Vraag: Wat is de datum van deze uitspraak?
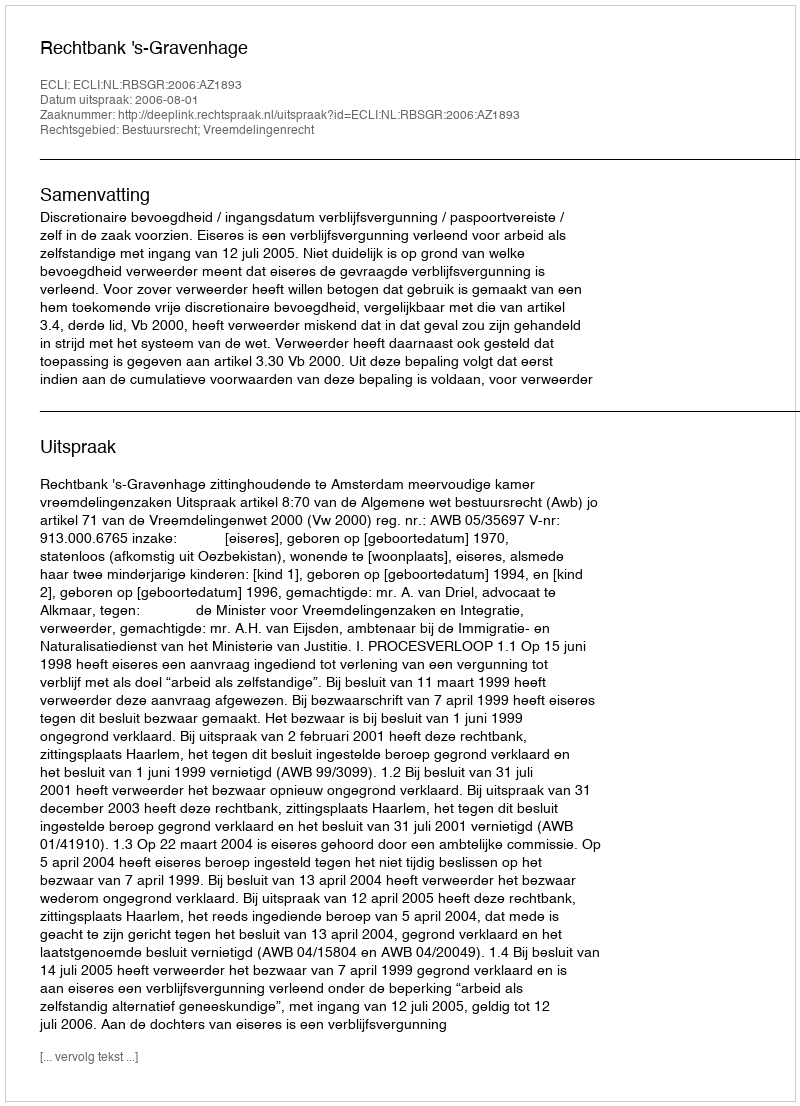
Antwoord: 2006-08-01